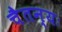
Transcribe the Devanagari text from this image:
चैतन्यः